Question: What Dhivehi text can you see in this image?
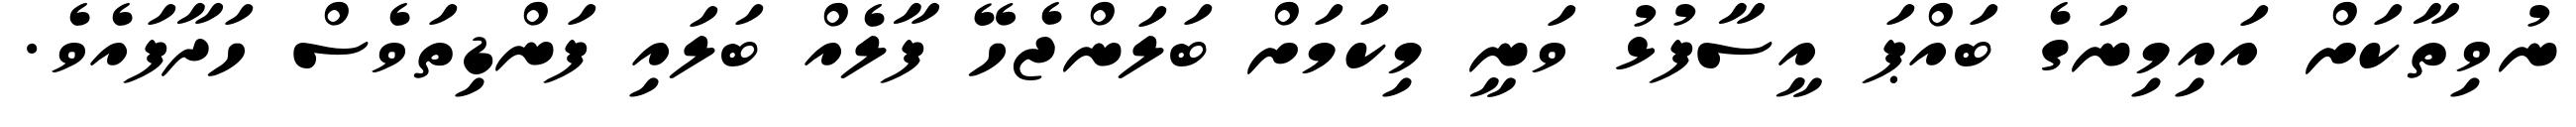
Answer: ނުވިތާކަށް އައިމިނަގެ ބައްޕަ އީސާފުޅު ވަނީ މިކަމަށް ބަލަންޖެހޭ ފާލެއް ބަލައި ފަންޑިތަވެސް ހަދާފައެވެ.